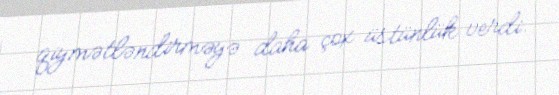
qiymətləndirməyə daha çox üstünlük verdi.